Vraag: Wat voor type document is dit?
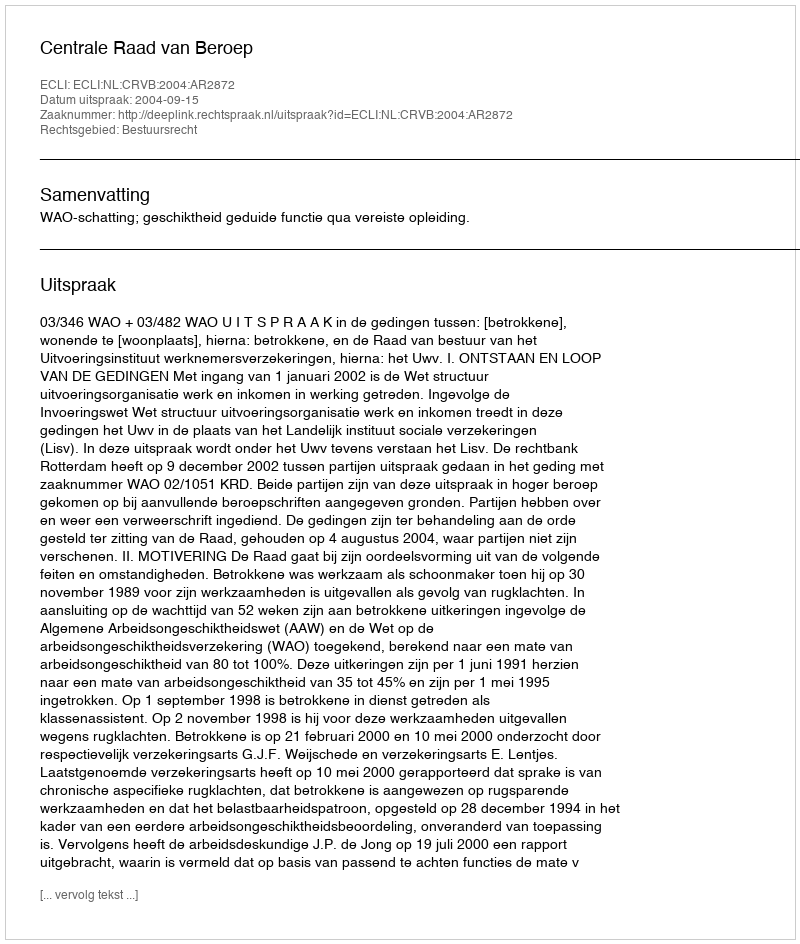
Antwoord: Uitspraak